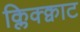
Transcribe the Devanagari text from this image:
क्लिक्क्वाट